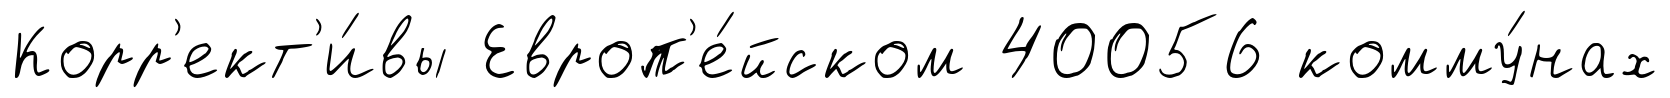
Корр'ект'и́вы Европ'е́йском 40056 комму́нах